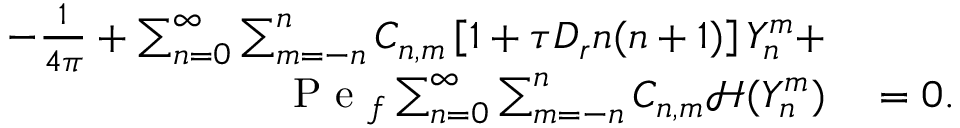
\begin{array} { r l } { - \frac { 1 } { 4 \pi } + \sum _ { n = 0 } ^ { \infty } \sum _ { m = - n } ^ { n } C _ { n , m } \left[ 1 + \tau D _ { r } n ( n + 1 ) \right] Y _ { n } ^ { m } + } & { { } } \\ { \mathrm { ~ P ~ e ~ } _ { f } \sum _ { n = 0 } ^ { \infty } \sum _ { m = - n } ^ { n } C _ { n , m } \mathcal { H } ( Y _ { n } ^ { m } ) } & { { } = 0 . } \end{array}